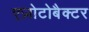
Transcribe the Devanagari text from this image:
एज़ोटोबैक्टर